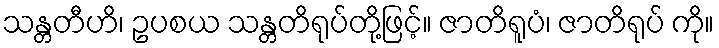
သန္တတီဟိ၊ ဥပစယ သန္တတိရုပ်တို့ဖြင့်။ ဇာတိရူပံ၊ ဇာတိရုပ် ကို။